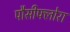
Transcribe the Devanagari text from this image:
पौसीफ्लोरा